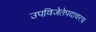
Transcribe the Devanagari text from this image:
उपविजेतेपदावरच